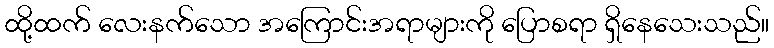
ထို့ထက် လေးနက်သော အကြောင်းအရာများကို ပြောစရာ ရှိနေသေးသည်။